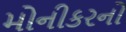
મોનીકરનો